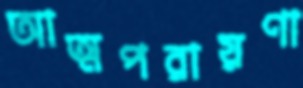
আত্মপরায়ণা